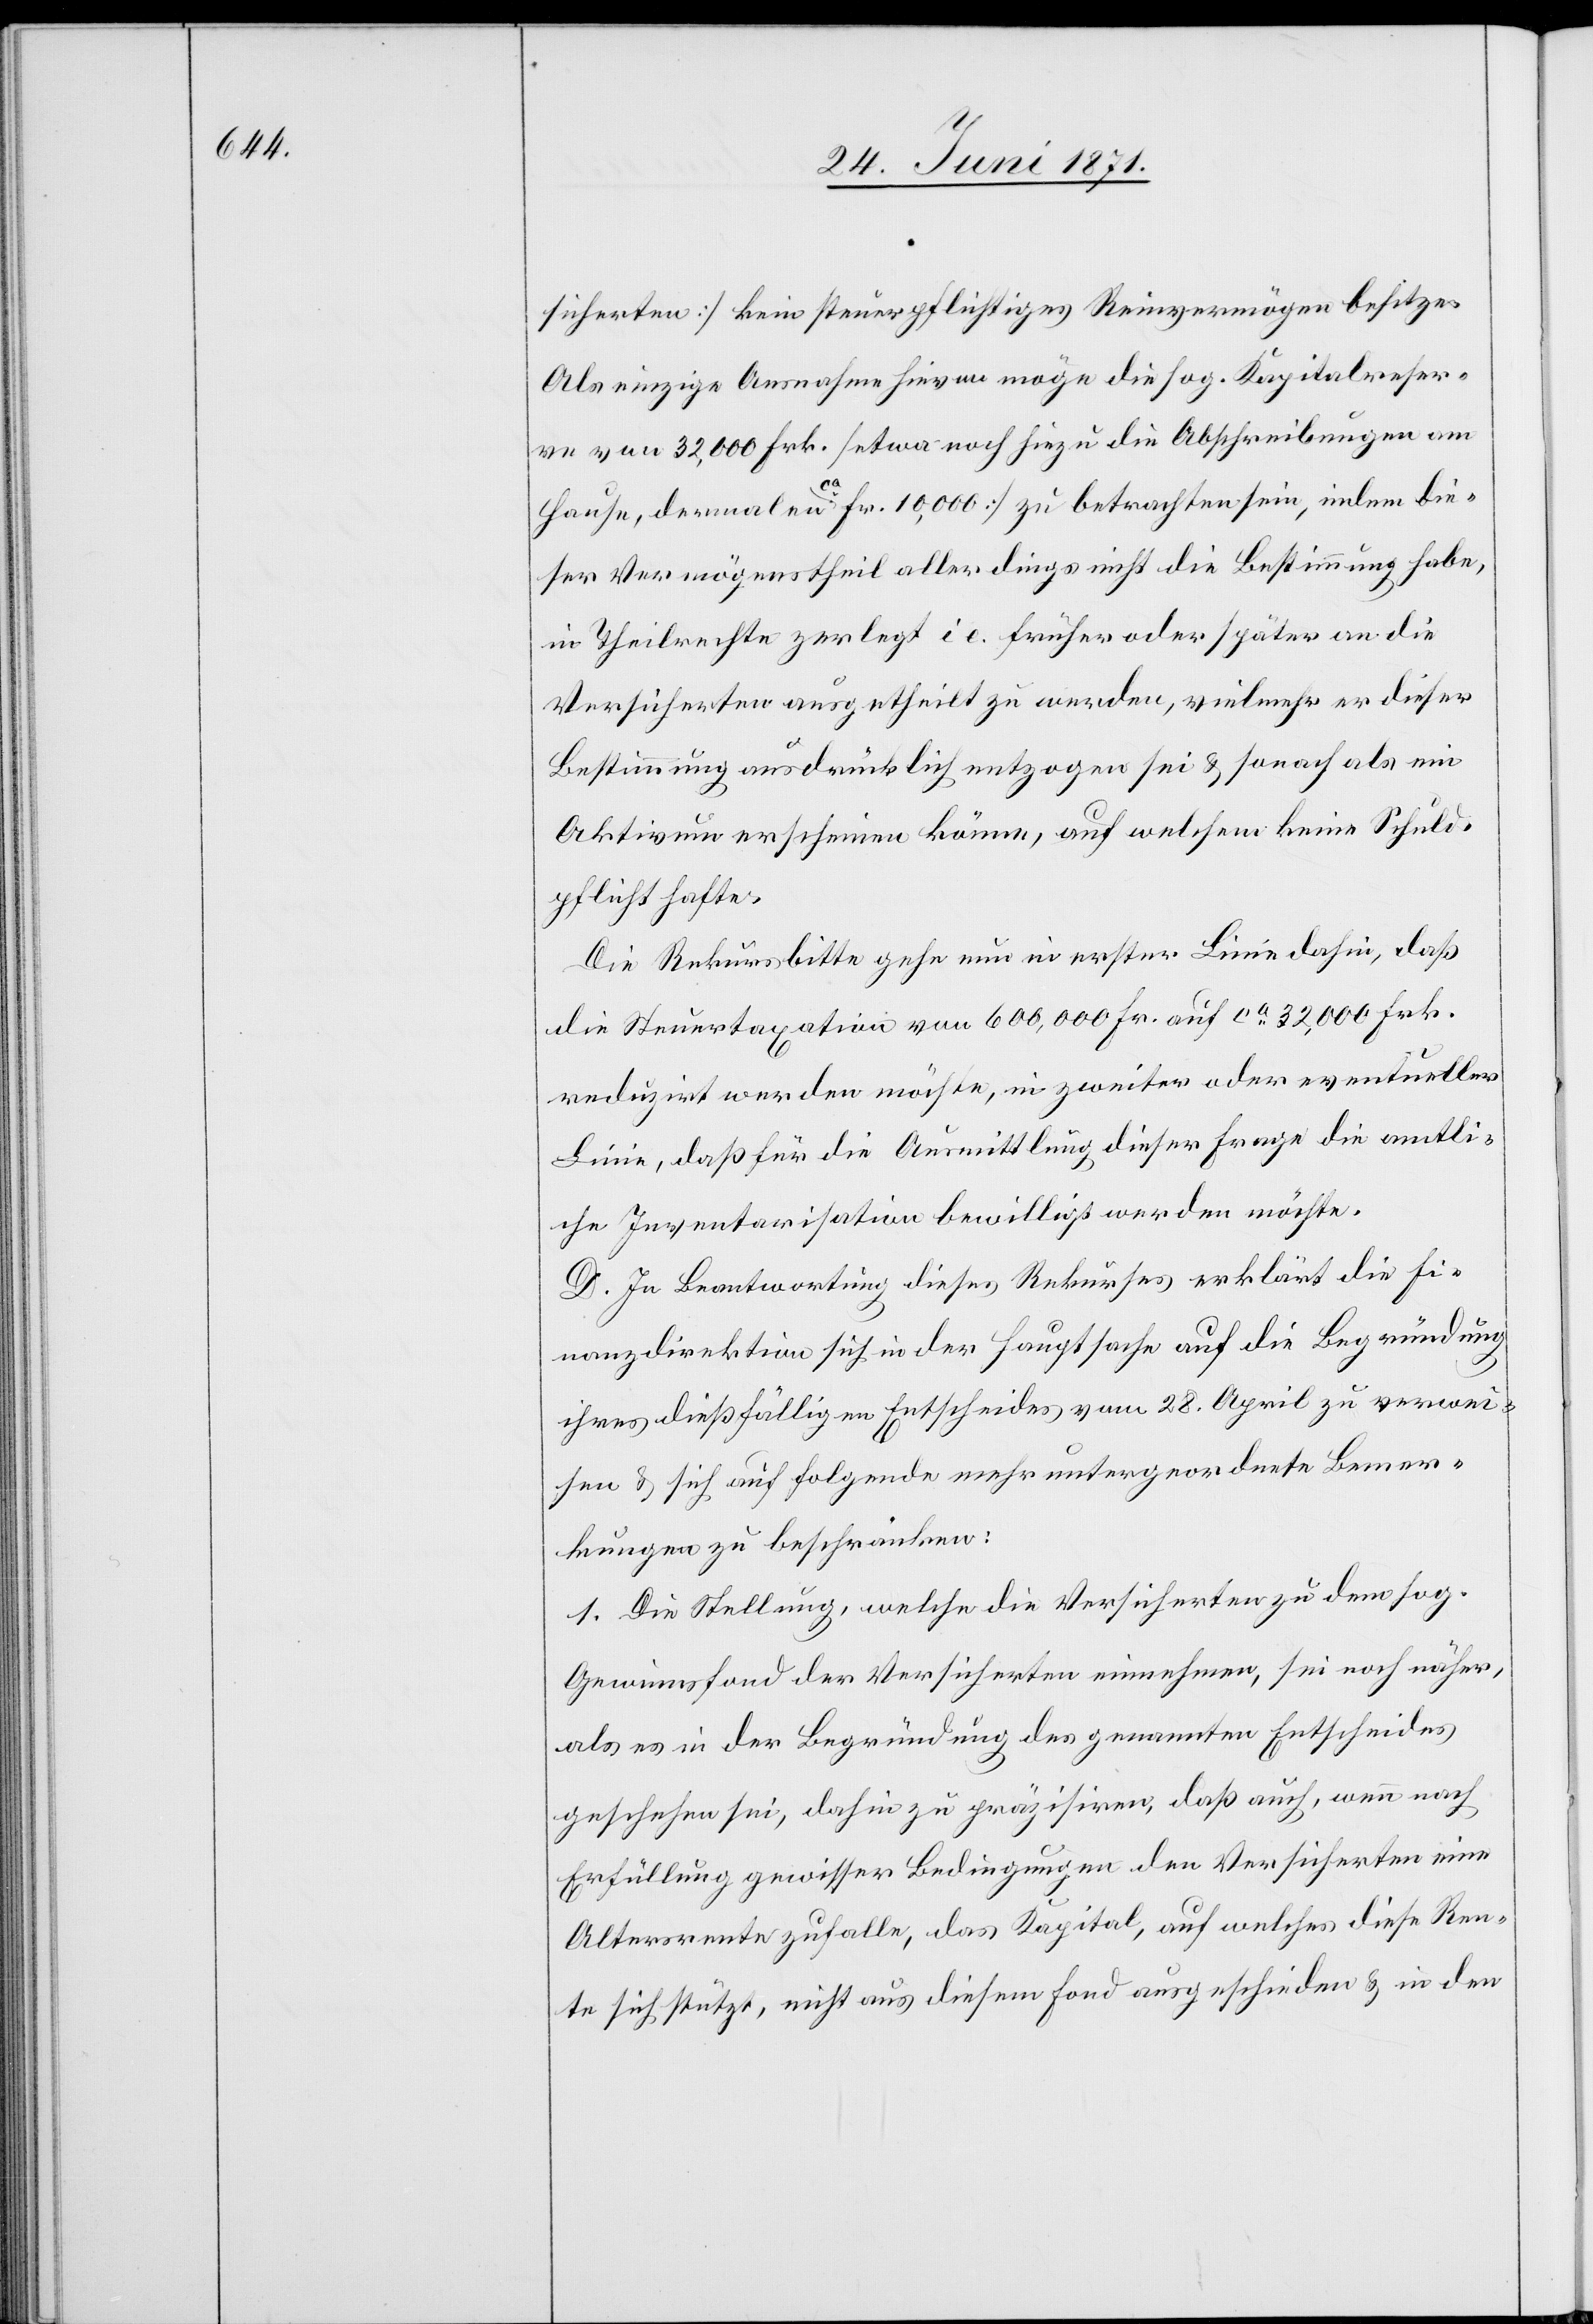
sicherten] kein steuerpflichtiges Reinvermögen besitze.
Als einzige Ausnahme hievon möge die sog. Kapitalreser¬
ve von 32,000 Fr. [etwa noch hinzu die Abschreibungen am
Hause, dermalen ca. Fr. 10,000] zu betrachten sein, indem die¬
ser Vermögenstheil allerdings nicht die Bestimmung habe,
in Theilrechte zerlegt i. e. früher oder später an die
Versicherten ausgetheilt zu werden, vielmehr er dieser
Bestimmung ausdrücklich entzogen sei u. sonach als ein
Aktivum erscheinen könne, auf welchem keine Schuld¬
pflicht hafte.
Die Rekursbitte gehe nun in erster Linie dahin, daß
die Steuertaxation von 600,000 Fr. auf ca. 32,000 Frk.
reduzirt werden möchte, in zweiter oder eventueller
Linie, daß für die Ausmittlung dieser Frage die amtli¬
che Inventarisation bewilligt werden möchte.
D. In Beantwortung dieses Rekurses erklärt die Fi¬
nanzdirektion sich in der Hauptsache auf die Begründung
ihres dießfälligen Entscheides vom 28. April zu verwei¬
sen u. sich auf folgende mehr untergeordnete Bemer¬
kungen zu beschränken:
1. Die Stellung, welche die Versicherten zu dem sog.
Gewinnsfond der Versicherten einnehmen, sei noch näher,
als es in der Begründung des genannten Entscheides
geschehen sei, dahin zu präzisiren, daß auch, wenn nach
Erfüllung gewisser Bedingungen den Versicherten eine
Altersrente zufalle, das Kapital, auf welches diese Ren¬
te sich stützt, nicht aus diesem Fond ausgeschieden u. in dem